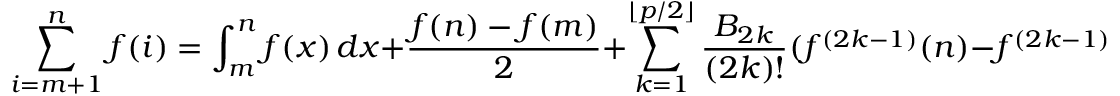
\sum _ { i = m + 1 } ^ { n } f ( i ) = \int _ { m } ^ { n } f ( x ) \, d x + { \frac { f ( n ) - f ( m ) } { 2 } } + \sum _ { k = 1 } ^ { \lfloor p / 2 \rfloor } { \frac { B _ { 2 k } } { ( 2 k ) ! } } ( f ^ { ( 2 k - 1 ) } ( n ) - f ^ { ( 2 k - 1 ) } ( m ) ) + R _ { p } .